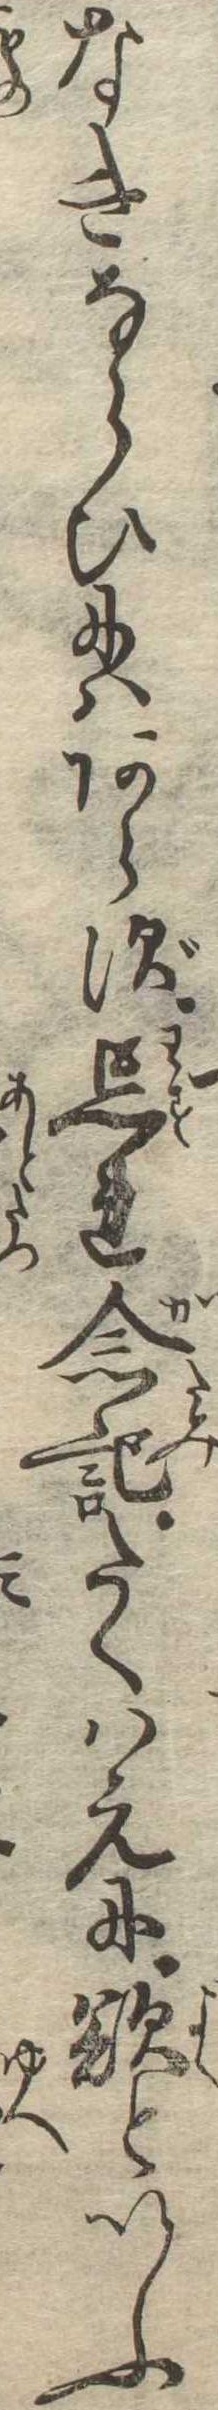
なきならひにはあらず忘れ念記たくはえに欲といふ